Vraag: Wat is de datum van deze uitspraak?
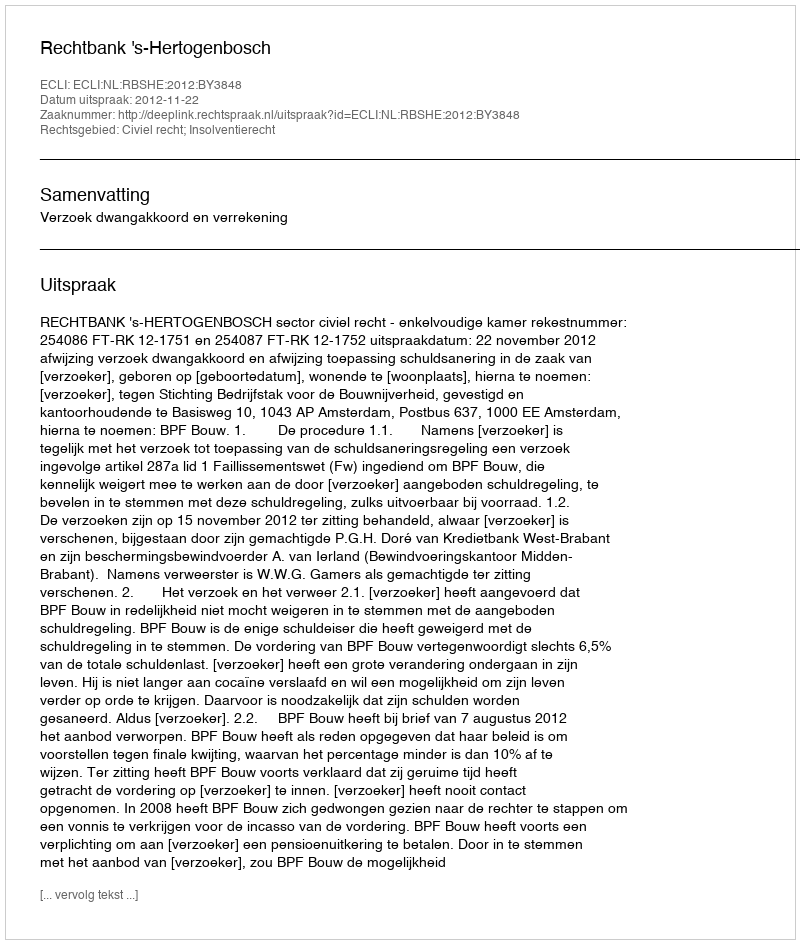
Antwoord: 2012-11-22